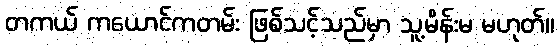
တကယ် ကယောင်ကတမ်း ဖြစ်သင့်သည်မှာ သူ့မိန်းမ မဟုတ်။